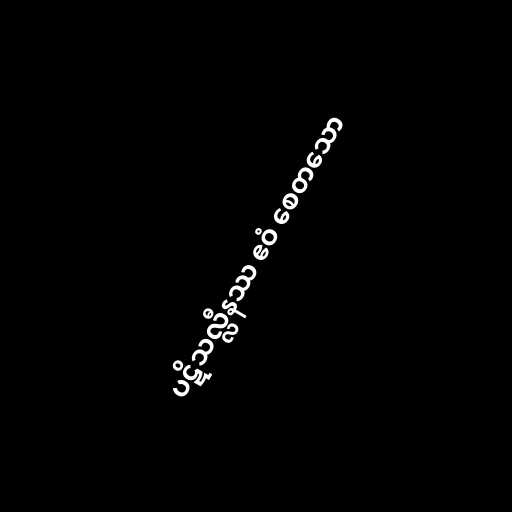
ပဋိသလ္လီနဿ ဧဝံ စေတသော